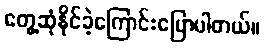
တွေ့ဆုံနိုင်ခဲ့ကြောင်းပြောပါတယ်။